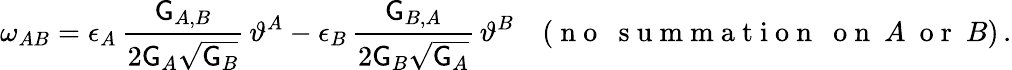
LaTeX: \omega_{AB}=\epsilon_{A}\, \frac{\mathsf{G}_{A,B}}{2\mathsf{G}_{A}\sqrt{\mathsf{G}_{B}}}\, \vartheta^{A}-\epsilon_{B}\, \frac{\mathsf{G}_{B,A}}{2\mathsf{G}_{B}\sqrt{\mathsf{G}_{A}}}\, \vartheta^{B}\quad(\mathrm{~n~o~~~s~u~m~m~a~t~i~o~n~~~o~n~}~A~\mathrm{~o~r~}~B)\, .